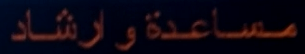
مساعدةوارشاد